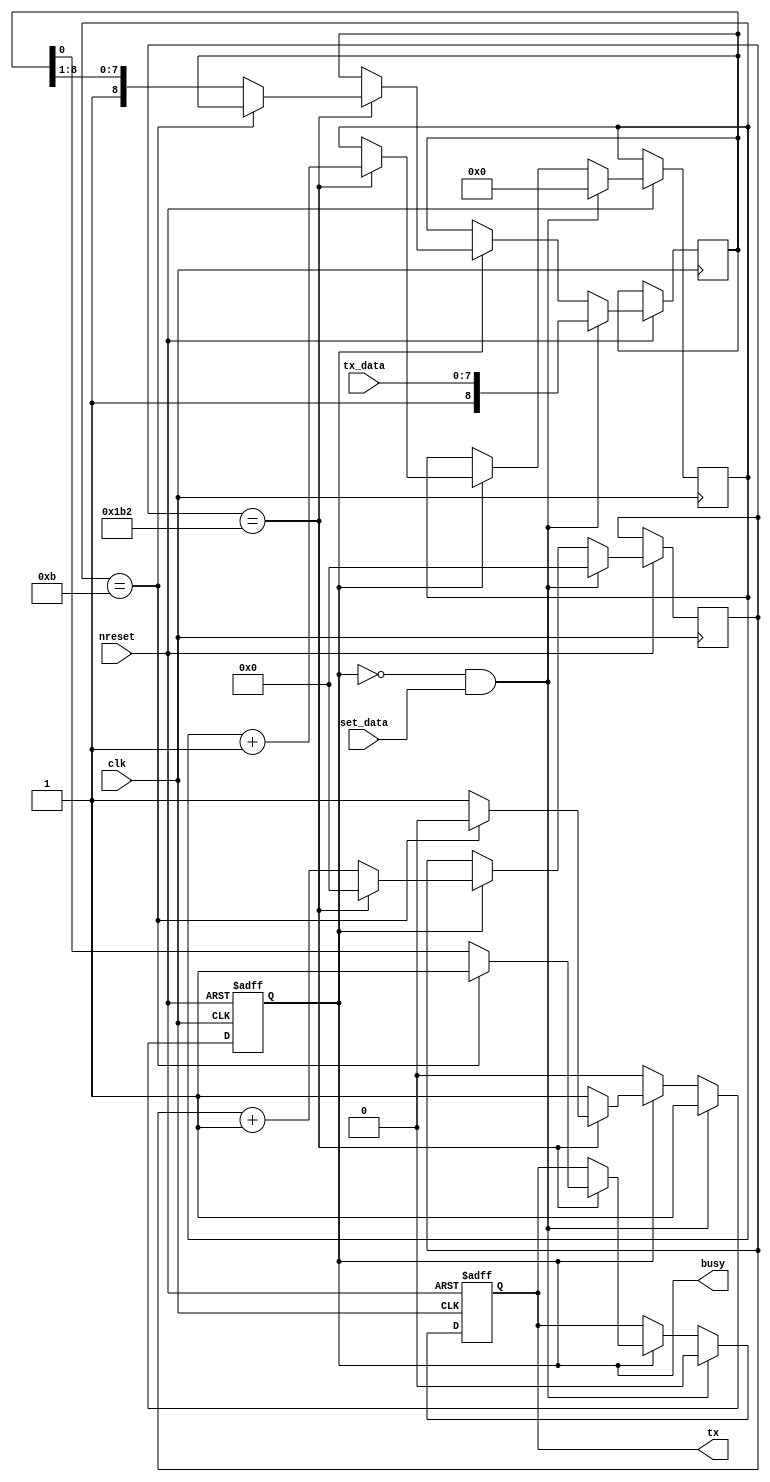
module uart_tx(
    input clk,
    input nreset,
    input [7:0] tx_data,
    input set_data,
    output busy,
    output tx
);


reg [8:0] data_reg;
reg [31:0] time_count;
reg [3:0] bit_count;
reg tx_reg;
reg stat;

assign tx = tx_reg;
assign busy = stat;
always @(posedge clk or negedge nreset) begin
    if( ~nreset ) begin
        tx_reg <= 1;
        stat <= 0;
    end 
    else if ((stat == 0) & (set_data==1)) begin
        stat <= 1;
        tx_reg <= 0;
        data_reg <= {1'b1, tx_data};
        bit_count<=0;
        time_count <= 0;
    end 
    else if (stat == 1) begin
        if( time_count == 434 ) begin
            time_count <= 0;
            bit_count <= bit_count+1;
            if( bit_count == 11) begin
                tx_reg <= 1;
                stat <= 0;
            end
            else begin
                tx_reg <= data_reg[0];
                data_reg <= {1'b1, data_reg[8:1]};
            end;
        end
        else begin
            time_count <= time_count+1;
        end
    end

end



endmodule